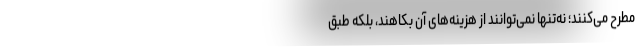
مطرح می‌کنند؛ نه‌تنها نمی‌توانند از هزینه‌های آن بکاهند، بلکه طبق